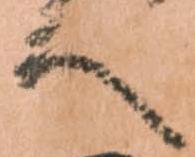
へ